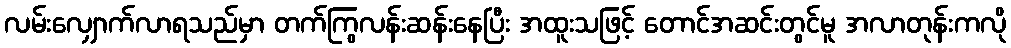
လမ်းလျှောက်လာရသည်မှာ တက်ကြွလန်းဆန်းနေပြီး အထူးသဖြင့် တောင်အဆင်းတွင်မူ အလာတုန်းကလို